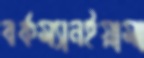
বর্কম্যানইয়ামা